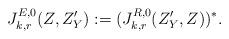
LaTeX: \begin{align*}J_{k, r}^{E, 0}(Z, Z'_Y) := (J_{k, r}^{R, 0}(Z'_Y, Z))^*.\end{align*}